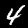
Digit: 4